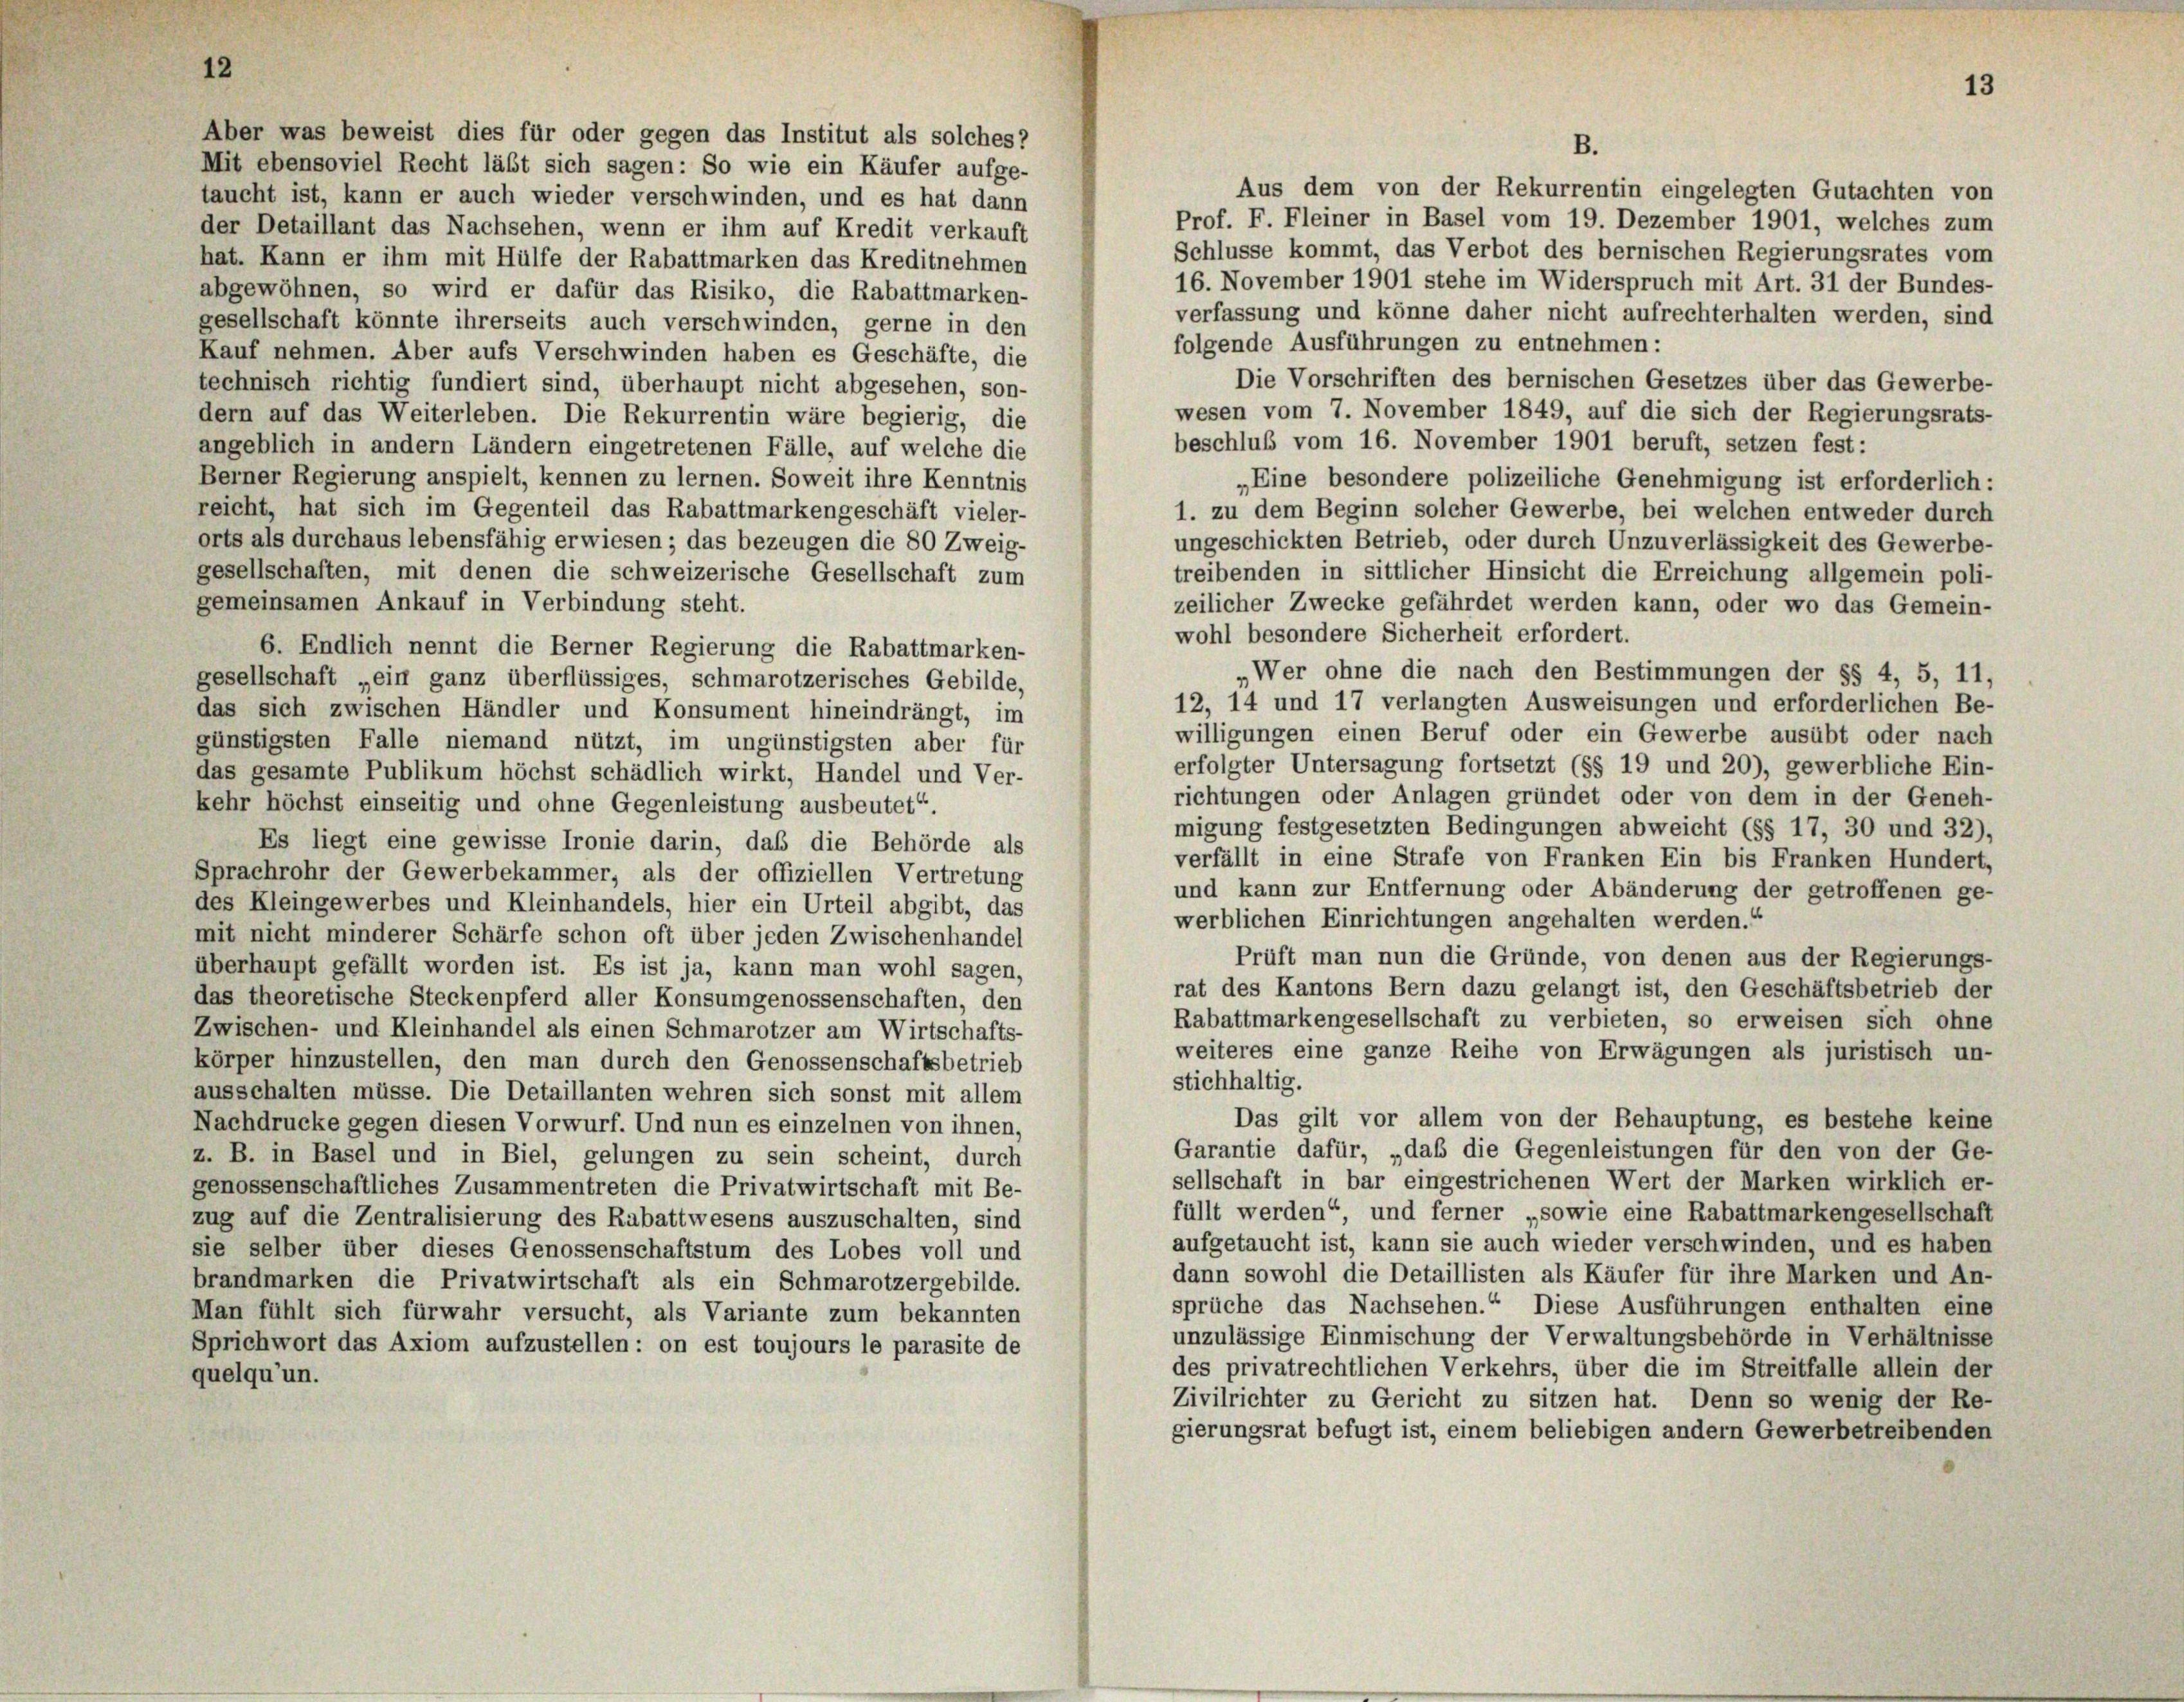
Aber was beweist dies für oder gegen das Institut als solches)
B.
Mit ebensoviel Recht läßt sich sagen: So wie ein Käufer aufge-
Aus dem von der Rekurrentin eingelegten Gutachten von
taucht ist, kann er auch wieder verschwinden, und es hat dann
Prof. F. Fleiner in Basel vom 19. Dezember 1901, welches zum
der Detaillant das Nachsehen, wenn er ihm auf Kredit verkauft
Schlüsse kommt, das Verbot des bernischen Regierungsrates vom
hat. Kann er ihm mit Hülfe der Rabattmarken das Kreditnehmen
16. November 1901 stehe im Widerspruch mit Art. 31 der Bundes-
abgewöhnen, so wird er dafür das Risiko, die Rabattmarken-
verfassung und könne daher nicht aufrechterhalten werden, sind
gesellschaft könnte ihrerseits auch verschwinden, gerne in den
folgende Ausführungen zu entnehmen:
Kauf nehmen. Aber aufs Verschwinden haben es Geschäfte, die
Die Vorschriften des bernischen Gesetzes über das Gewerbe-
technisch richtig fundiert sind, überhaupt nicht abgesehen, son-
wesen vom 7. November 1849, auf die sich der Regierungsrats-
dern auf das Weiterleben. Die Rekurrentin wäre begierig, die
beschluß vom 16. November 1901 beruft, setzen fest:
angeblich in andern Ländern eingetretenen Fälle, auf welche die
Berner Regierung anspielt, kennen zu lernen. Soweit ihre Kenntnis
„Eine besondere polizeiliche Genehmigung ist erforderlich:
reicht, hat sich im Gegenteil das Rabattmarkengeschäft vieler-
1. zu dem Beginn solcher Gewerbe, bei welchen entweder durch
orts als durchaus lebensfähig erwiesen; das bezeugen die 80 Zweig-
ungeschickten Betrieb, oder durch Unzuverlässigkeit des Gewerbe-
gesellschaften, mit denen die schweizerische Gesellschaft zum
treibenden in sittlicher Hinsicht die Erreichung allgemein poli-
gemeinsamen Ankauf in Verbindung steht.
zeilicher Zwecke gefährdet werden kann, oder wo das Gemein-
wohl besondere Sicherheit erfordert.
6. Endlich nennt die Berner Regierung die Rabattmarken-
Wer ohne die nach den Bestimmungen der §§ 4, 5, 11,
gesellschaft „ein ganz überflüssiges, schmarotzerisches Gebilde,
12, 14 und 17 verlangten Ausweisungen und erforderlichen Be-
das sich zwischen Händler und Konsument hineindrängt, im
willigungen einen Beruf oder ein Gewerbe ausübt oder nach
günstigsten Falle niemand nützt, im ungünstigsten aber für
erfolgter Untersagung fortsetzt (§§ 19 und 20), gewerbliche Ein-
das gesamte Publikum höchst schädlich wirkt, Handel und Ver-
richtungen oder Anlagen gründet oder von dem in der Geneh-
kehr höchst einseitig und ohne Gegenleistung ausbeutet“
migung festgesetzten Bedingungen abweicht (§§ 17, 30 und 32),
Es liegt eine gewisse Ironie darin, daß die Behörde als
verfällt in eine Strafe von Franken Ein bis Franken Hundert,
Sprachrohr der Gewerbekammer, als der offiziellen Vertretung
und kann zur Entfernung oder Abänderung der getroffenen ge-
des Kleingewerbes und Kleinhandels, hier ein Urteil abgibt, das
werblichen Einrichtungen angehalten werden.“
mit nicht minderer Schärfe schon oft über jeden Zwischenhandel
Prüft man nun die Gründe, von denen aus der Regierungs-
überhaupt gefällt worden ist. Es ist ja, kann man wohl sagen,
rat des Kantons Bern dazu gelangt ist, den Geschäftsbetrieb der
das theoretische Steckenpferd aller Konsumgenossenschaften, den
Rabattmarkengesellschaft zu verbieten, so erweisen sich ohne
Zwischen- und Kleinhandel als einen Schmarotzer am Wirtschafts-
weiteres eine ganze Reihe von Erwägungen als juristisch un-
körper hinzustellen, den man durch den Genossenschaftsbetrieb
stichhaltig.
ausschalten müsse. Die Detaillanten wehren sich sonst mit allem
Das gilt vor allem von der Behauptung, es bestehe keine
Nachdrucke gegen diesen Vorwurf. Und nun es einzelnen von ihnen,
Garantie dafür, „daß die Gegenleistungen für den von der Ge-
z. B. in Basel und in Biel, gelungen zu sein scheint, durch
sellschaft in bar eingestrichenen Wert der Marken wirklich er-
genossenschaftliches Zusammentreten die Privatwirtschaft mit Be-
füllt werden“ und ferner „sowie eine Rabattmarkengesellschaft
zug auf die Zentralisierung des Rabattwesens auszuschalten, sind
aufgetaucht ist, kann sie auch wieder verschwinden, und es haben
sie selber über dieses Genossenschaftstum des Lobes voll und
dann sowohl die Detaillisten als Käufer für ihre Marken und An-
brandmarken die Privatwirtschaft als ein Schmarotzergebilde.
sprüche das Nachsehen.“ Diese Ausführungen enthalten eine
Man fühlt sich fürwahr versucht, als Variante zum bekannten
unzulässige Einmischung der Verwaltungsbehörde in Verhältnisse
Sprichwort das Axiom aufzustellen: on est toujours le parasite de
des privatrechtlichen Verkehrs, über die im Streitfalle allein der
quelqu’un.
Zivilrichter zu Gericht zu sitzen hat. Denn so wenig der Re-
gierungsrat befugt ist, einem beliebigen andern Gewerbetreibenden